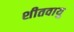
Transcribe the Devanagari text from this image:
शीतवायु